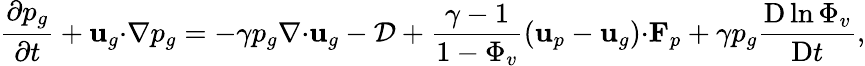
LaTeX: \frac{\partial p_{g}}{\partial t}+\mathbf{u}_{g}\mathbf{\cdot}\nabla p_{g}=-\gamma p_{g}\nabla\mathbf{\cdot}\mathbf{u}_{g}-\mathcal{D}+\frac{\gamma-1}{1-\Phi_{v}}\left(\mathbf{u}_{p}-\mathbf{u}_{g}\right)\mathbf{\cdot}\textbf{F}_{p}+\gamma p_{g}\frac{\mathrm{D}\ln{\Phi_{v}}}{\mathrm{D}t},